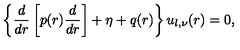
\left\{ \frac { d } { d r } \left[ p ( r ) \frac { d } { d r } \right] + \eta + q ( r ) \right\} u _ { l , \nu } ( r ) = 0 ,